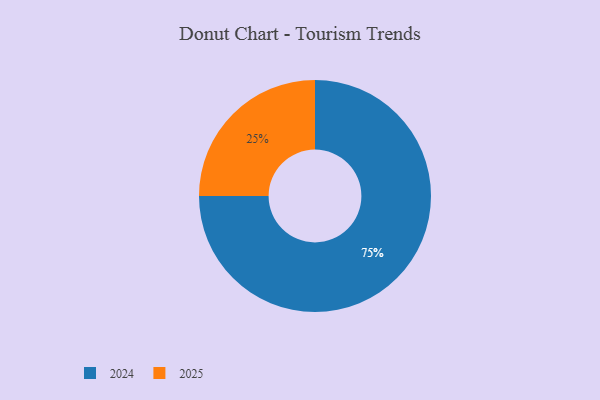
{"axis": {"x": "Category", "y": "Percentage"}, "legend": ["2024", "2025"], "data": [{"x": "2025", "y": 25, "type": "2025"}, {"x": "2024", "y": 75, "type": "2024"}]}